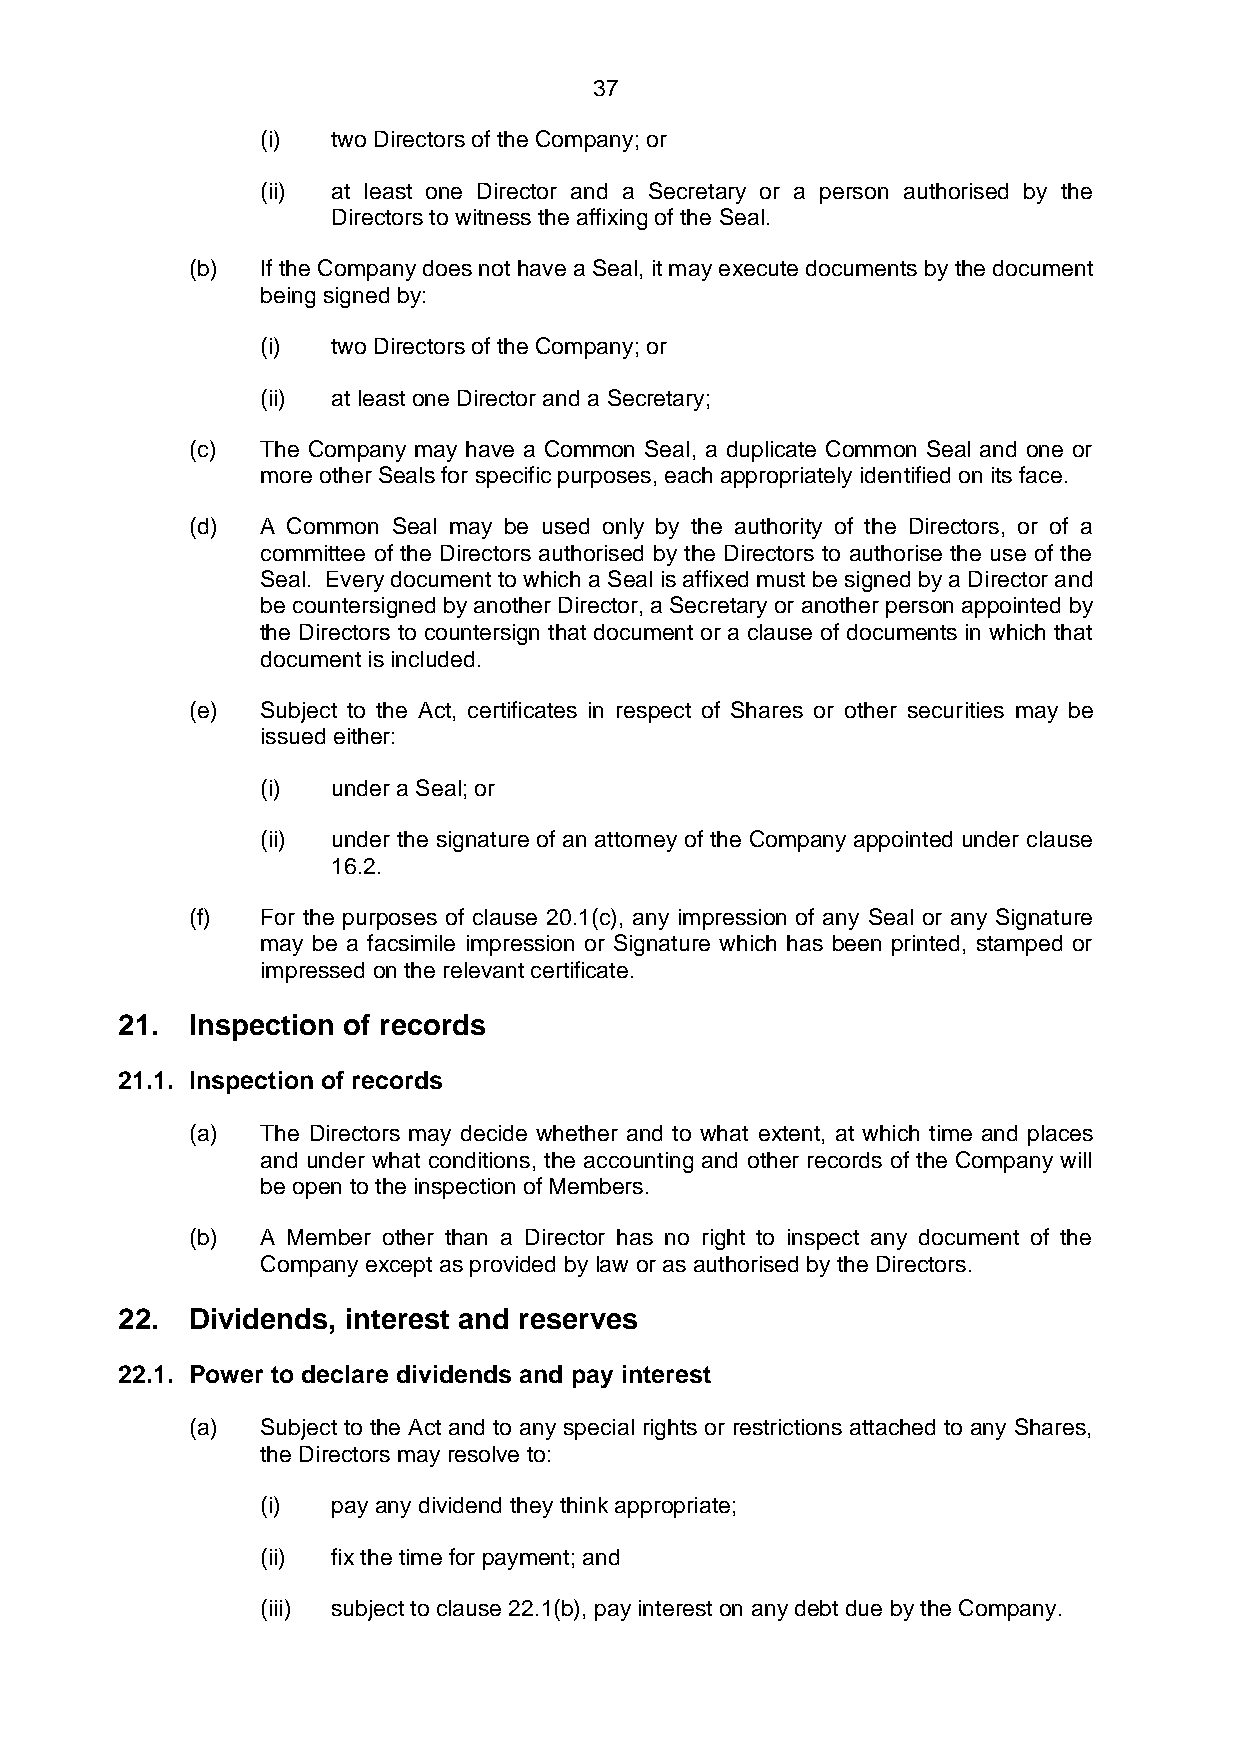
37
 (i)  two Directors of the Company; or
 (ii) at least one Director and a Secretary or a person authorised by the
 Directors to witness the affixing of the Seal.
 (b) If the Company does not have a Seal, it may execute documents by the document
 being signed by:
 (i)  two Directors of the Company; or
 (ii) at least one Director and a Secretary;
 (c) The Company may have a Common Seal, a duplicate Common Seal and one or
 more other Seals for specific purposes, each appropriately identified on its face.
 (d) A Common Seal may be used only by the authority of the Directors, or of a
 committee of the Directors authorised by the Directors to authorise the use of the
 Seal. Every document to which a Seal is affixed must be signed by a Director and
 be countersigned by another Director, a Secretary or another person appointed by
 the Directors to countersign that document or a clause of documents in which that
 document is included.
 (e) Subject to the Act, certificates in respect of Shares or other securities may be
 issued either:
 (i)  under a Seal; or
 (ii) under the signature of an attorney of the Company appointed under clause
 16.2.
 (f) For the purposes of clause 20.1(c), any impression of any Seal or any Signature
 may be a facsimile impression or Signature which has been printed, stamped or
 impressed on the relevant certificate.
 21.  Inspection of records
 21.1. Inspection of records
 (a) The Directors may decide whether and to what extent, at which time and places
 and under what conditions, the accounting and other records of the Company will
 be open to the inspection of Members.
 (b) A Member other than a Director has no right to inspect any document of the
 Company except as provided by law or as authorised by the Directors.
 22.  Dividends, interest and reserves
 22.1. Power to declare dividends and pay interest
 (a) Subject to the Act and to any special rights or restrictions attached to any Shares,
 the Directors may resolve to:
 (i)  pay any dividend they think appropriate;
 (ii) fix the time for payment; and
 (iii) subject to clause 22.1(b), pay interest on any debt due by the Company.